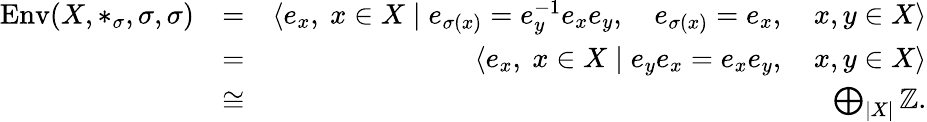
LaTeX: \begin{array}{rlr}{\operatorname{Env}(X,*_{\sigma},\sigma,\sigma)}&{=}&{\langle e_{x},~x\in X\mid e_{\sigma(x)}=e_{y}^{-1}e_{x}e_{y},\quad e_{\sigma(x)}=e_{x},\quad x,y\in X\rangle}\\ &{=}&{\langle e_{x},~x\in X\mid e_{y}e_{x}=e_{x}e_{y},\quad x,y\in X\rangle}\\ &{\cong}&{\bigoplus_{|X|}\mathbb{Z}.}\end{array}